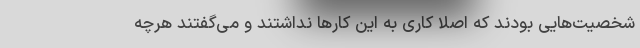
شخصیت‌هایی بودند که اصلا کاری به این کارها نداشتند و می‌گفتند هرچه